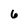
Character: 6